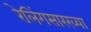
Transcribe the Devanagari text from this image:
रेलिंगसारख्या